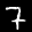
Label: 7